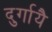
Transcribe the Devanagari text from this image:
दुर्गायै